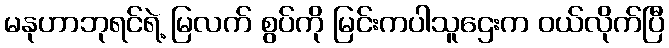
မနုဟာဘုရင်ရဲ့ မြလက် စွပ်ကို မြင်းကပါသူဌေးက ဝယ်လိုက်ပြီ